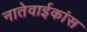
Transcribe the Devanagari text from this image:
नातेवाईकांस